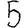
Digit: 5